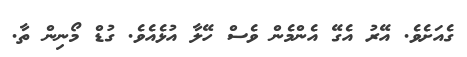
ގެއަށެވެ. އޭރު އެގޭ އެންމެން ވެސް ހޭލާ އުޅެއެވެ. ގުޑް މޯނިން ތާ.